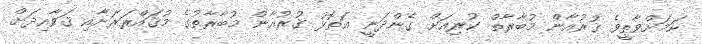
ކަމަށްވާތީވެ ޤުރުއާން މުބާރާތް ކުރިއަށް ގެންދަނީ އަތޮޅު ޤުރުއާން މުބާރާތުގެ މުޤައްރަރަށާއި ޤަވާއިދަށް